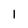
Character: 1